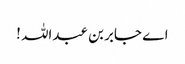
اے جابر بن عبداللہ !